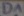
Text: D1